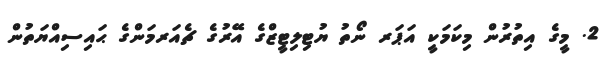
2. މީގެ އިތުރުން މިކަމަކީ އަޕަރ ނޯތު ޔުޓިލިޓީޒްގެ އޭރުގެ ޗެއަރމަންގެ ޙައިސިއްޔަތުން